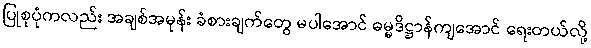
ပြုစုပုံကလည်း အချစ်အမုန်း ခံစားချက်တွေ မပါအောင် ဓမ္မဒိဋ္ဌာန်ကျအောင် ရေးတယ်လို့